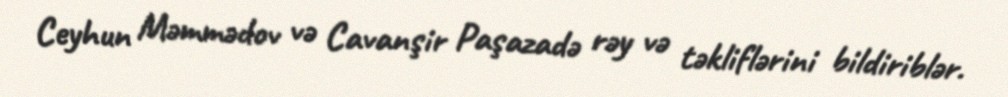
Ceyhun Məmmədov və Cavanşir Paşazadə rəy və təkliflərini bildiriblər.